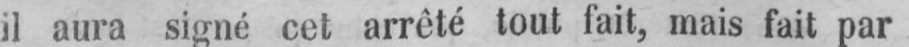
il aura signé cet arrêté tout fait, mais fait par